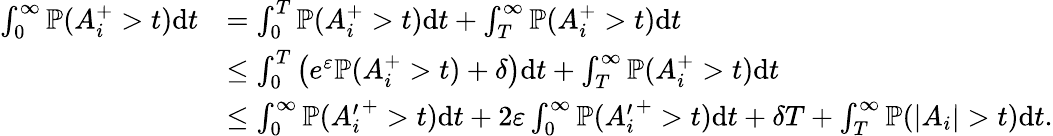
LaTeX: \begin{array}{rl}{\int_{0}^{\infty}{\mathbb{P}}(A_{i}^{+}>t)\mathrm{d}t}&{=\int_{0}^{T}{\mathbb{P}}(A_{i}^{+}>t)\mathrm{d}t+\int_{T}^{\infty}{\mathbb{P}}(A_{i}^{+}>t)\mathrm{d}t}\\ &{\leq\int_{0}^{T}\left(e^{\varepsilon}{\mathbb{P}}(A_{i}^{+}>t)+\delta\right)\mathrm{d}t+\int_{T}^{\infty}{\mathbb{P}}(A_{i}^{+}>t)\mathrm{d}t}\\ &{\leq\int_{0}^{\infty}{\mathbb{P}}({A_{i}^{\prime}}^{+}>t)\mathrm{d}t+2\varepsilon\int_{0}^{\infty}{\mathbb{P}}({A_{i}^{\prime}}^{+}>t)\mathrm{d}t+\delta T+\int_{T}^{\infty}{\mathbb{P}}(|A_{i}|>t)\mathrm{d}t.}\end{array}